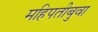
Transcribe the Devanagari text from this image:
महिपतीबुवा